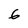
Character: 6